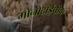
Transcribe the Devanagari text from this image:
मोनोटाईपीक